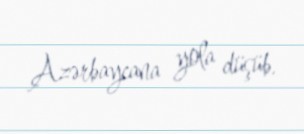
Azərbaycana yola düşüb.